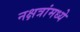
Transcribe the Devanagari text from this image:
नक्षत्रांमध्ये